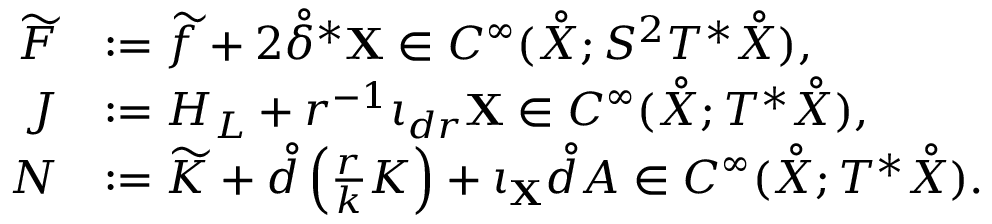
\begin{array} { r l } { \widetilde { F } } & { : = \widetilde { f } + 2 \mathring { \delta } ^ { * } \mathbf { X } \in C ^ { \infty } ( \mathring { X } ; S ^ { 2 } T ^ { * } \mathring { X } ) , } \\ { J } & { : = H _ { L } + r ^ { - 1 } \iota _ { d r } \mathbf { X } \in C ^ { \infty } ( \mathring { X } ; T ^ { * } \mathring { X } ) , } \\ { N } & { : = \widetilde { K } + \mathring { d } \left( \frac { r } { k } K \right) + \iota _ { \mathbf { X } } \mathring { d } A \in C ^ { \infty } ( \mathring { X } ; T ^ { * } \mathring { X } ) . } \end{array}